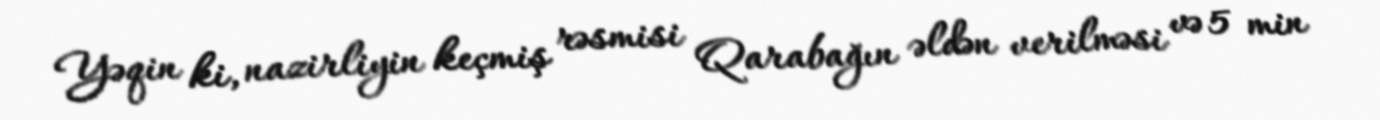
Yəqin ki, nazirliyin keçmiş rəsmisi Qarabağın əldən verilməsi və 5 min